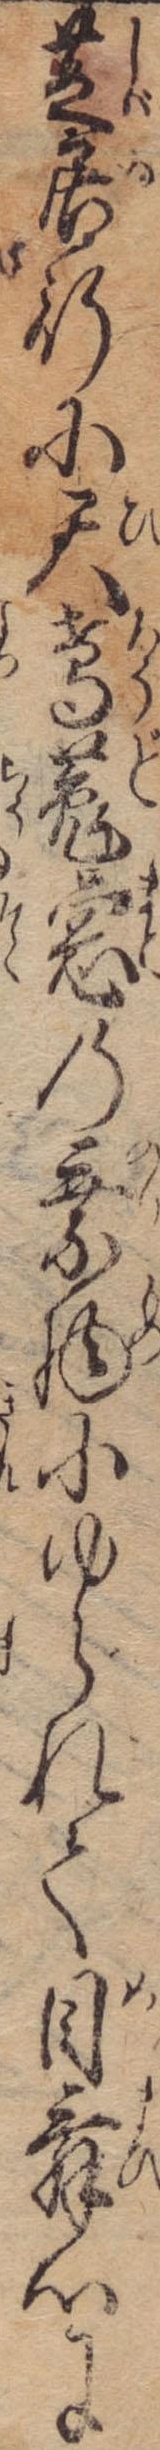
芝居行に天鳶菟窓の乗物にゆられて目舞心に